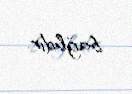
bağlıdır.